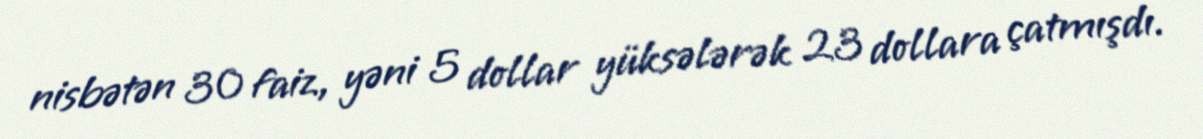
nisbətən 30 faiz, yəni 5 dollar yüksələrək 23 dollara çatmışdı.